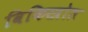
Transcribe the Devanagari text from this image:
विकिस्त्रोत